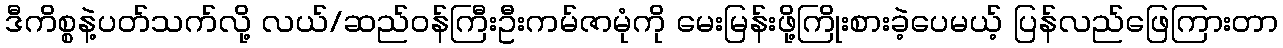
ဒီကိစ္စနဲ့ပတ်သက်လို့ လယ်/ဆည်ဝန်ကြီးဦးကမ်ဇာမုံကို မေးမြန်းဖို့ကြိုးစားခဲ့ပေမယ့် ပြန်လည်ဖြေကြားတာ